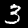
Label: 3